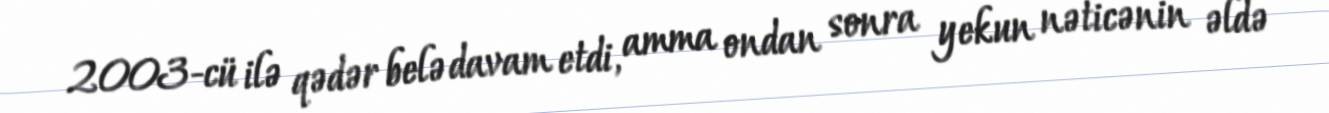
2003-cü ilə qədər belə davam etdi, amma ondan sonra yekun nəticənin əldə